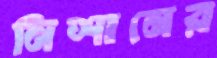
নিশানের